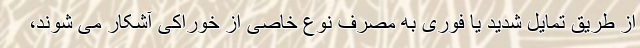
از طریق تمایل شدید یا فوری به مصرف نوع خاصی از خوراکی آشکار می شوند،